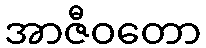
အာဇီဝတော